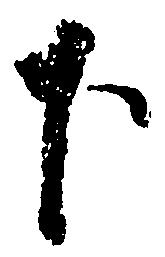
下